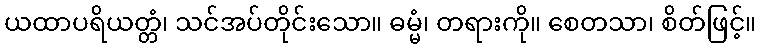
ယထာပရိယတ္တံ၊ သင်အပ်တိုင်းသော။ ဓမ္မံ၊ တရားကို။ စေတသာ၊ စိတ်ဖြင့်။